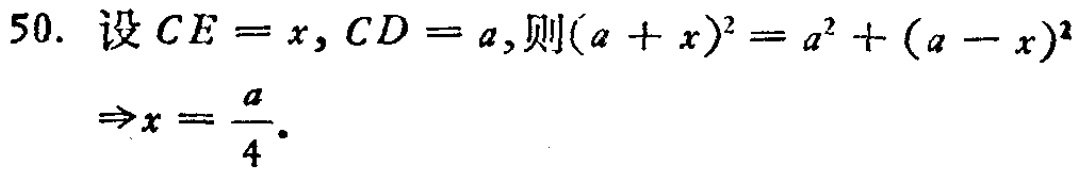
\[
\begin{align*}
&50.\ 设CE = x,CD = a,则(a + x)^2 = a^2 + (a - x)^2\\
&\Rightarrow x=\frac{a}{4}.
\end{align*}
\]